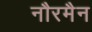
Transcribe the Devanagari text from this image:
नौरमैन